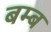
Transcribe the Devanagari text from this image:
बम्‍ब